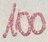
Text: 100